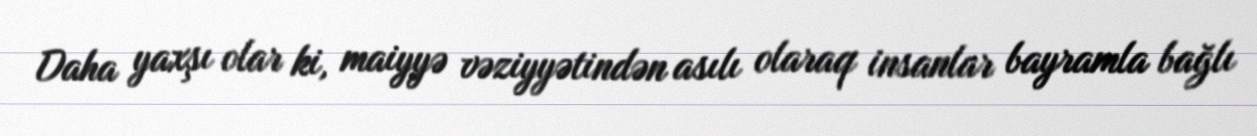
Daha yaxşı olar ki, maiyyə vəziyyətindən asılı olaraq insanlar bayramla bağlı